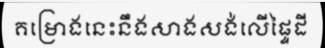
គម្រោងនេះនឹងសាងសង់លើផ្ទៃដី